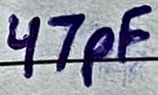
Text: 47pF